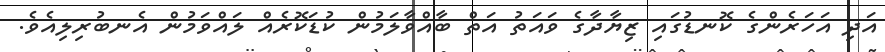
އަދި އަހަރެންގެ ކޮނޑުގައި ޒިޔާދާގެ ވައަތު އަތް ބާއްވާލަމުން ކުޑަކޮރެއް ލައްވަމުން އެނބުރިލިއެވެ.